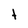
Character: t